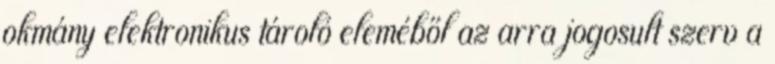
okmány elektronikus tároló eleméből az arra jogosult szerv a